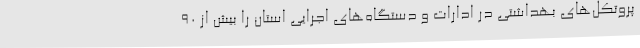
پروتکل‌های بهداشتی در ادارات و دستگاه‌های اجرایی استان را بیش از 90